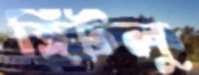
হিটলু